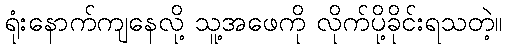
ရုံးနောက်ကျနေလို့ သူ့အဖေကို လိုက်ပို့ခိုင်းရသတဲ့။